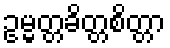
ဥမ္မတ္တခိတ္တစိတ္တာ